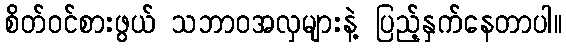
စိတ်ဝင်စားဖွယ် သဘာဝအလှများနဲ့ ပြည့်နှက်နေတာပါ။